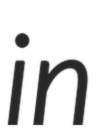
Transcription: in